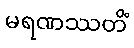
မရဏဿတိံ